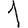
Digit: 1